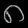
Digit: ၈